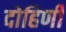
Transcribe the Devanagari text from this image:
दोहिणी